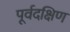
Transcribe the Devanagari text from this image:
पूर्वदक्षिण